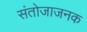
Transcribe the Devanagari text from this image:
संतोजाजनक